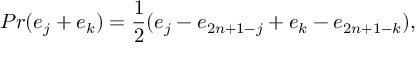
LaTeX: P r ( e _ { j } + e _ { k } ) = { \frac { 1 } { 2 } } ( e _ { j } - e _ { 2 n + 1 - j } + e _ { k } - e _ { 2 n + 1 - k } ) ,